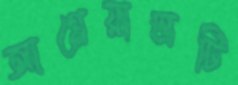
আগ্নেয়াস্ত্রটি